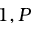
1 , P